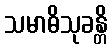
သမာဓိသုခန္တိ